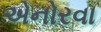
એનોરવા